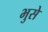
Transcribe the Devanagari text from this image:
भुसे